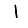
Digit: 1